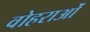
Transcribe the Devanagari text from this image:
वोहराओं